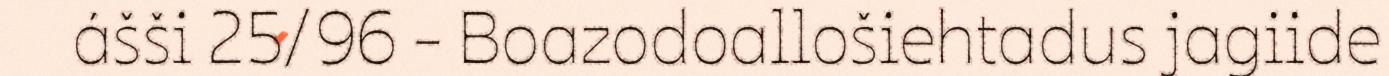
ášši 25/96 - Boazodoallošiehtadus jagiide